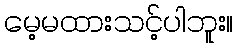
မေ့မထားသင့်ပါဘူး။